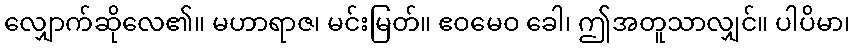
လျှောက်ဆိုလေ၏။ မဟာရာဇ၊ မင်းမြတ်။ ဧဝမေဝ ခေါ၊ ဤအတူသာလျှင်။ ပါပိမာ၊